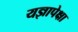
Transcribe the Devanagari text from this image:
यज्ञापेक्षा